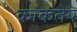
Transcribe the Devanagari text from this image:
काकतेय